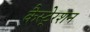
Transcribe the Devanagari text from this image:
कैस्टे्रशन